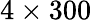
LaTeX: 4\times 300